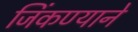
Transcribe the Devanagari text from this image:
जिंकण्याने